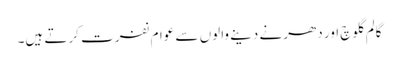
گالم گلوچ اور دھرنے دینے والوں سے عوام نفرت کرتے ہیں۔